Saare_Masina-traktorijaam, lk 8
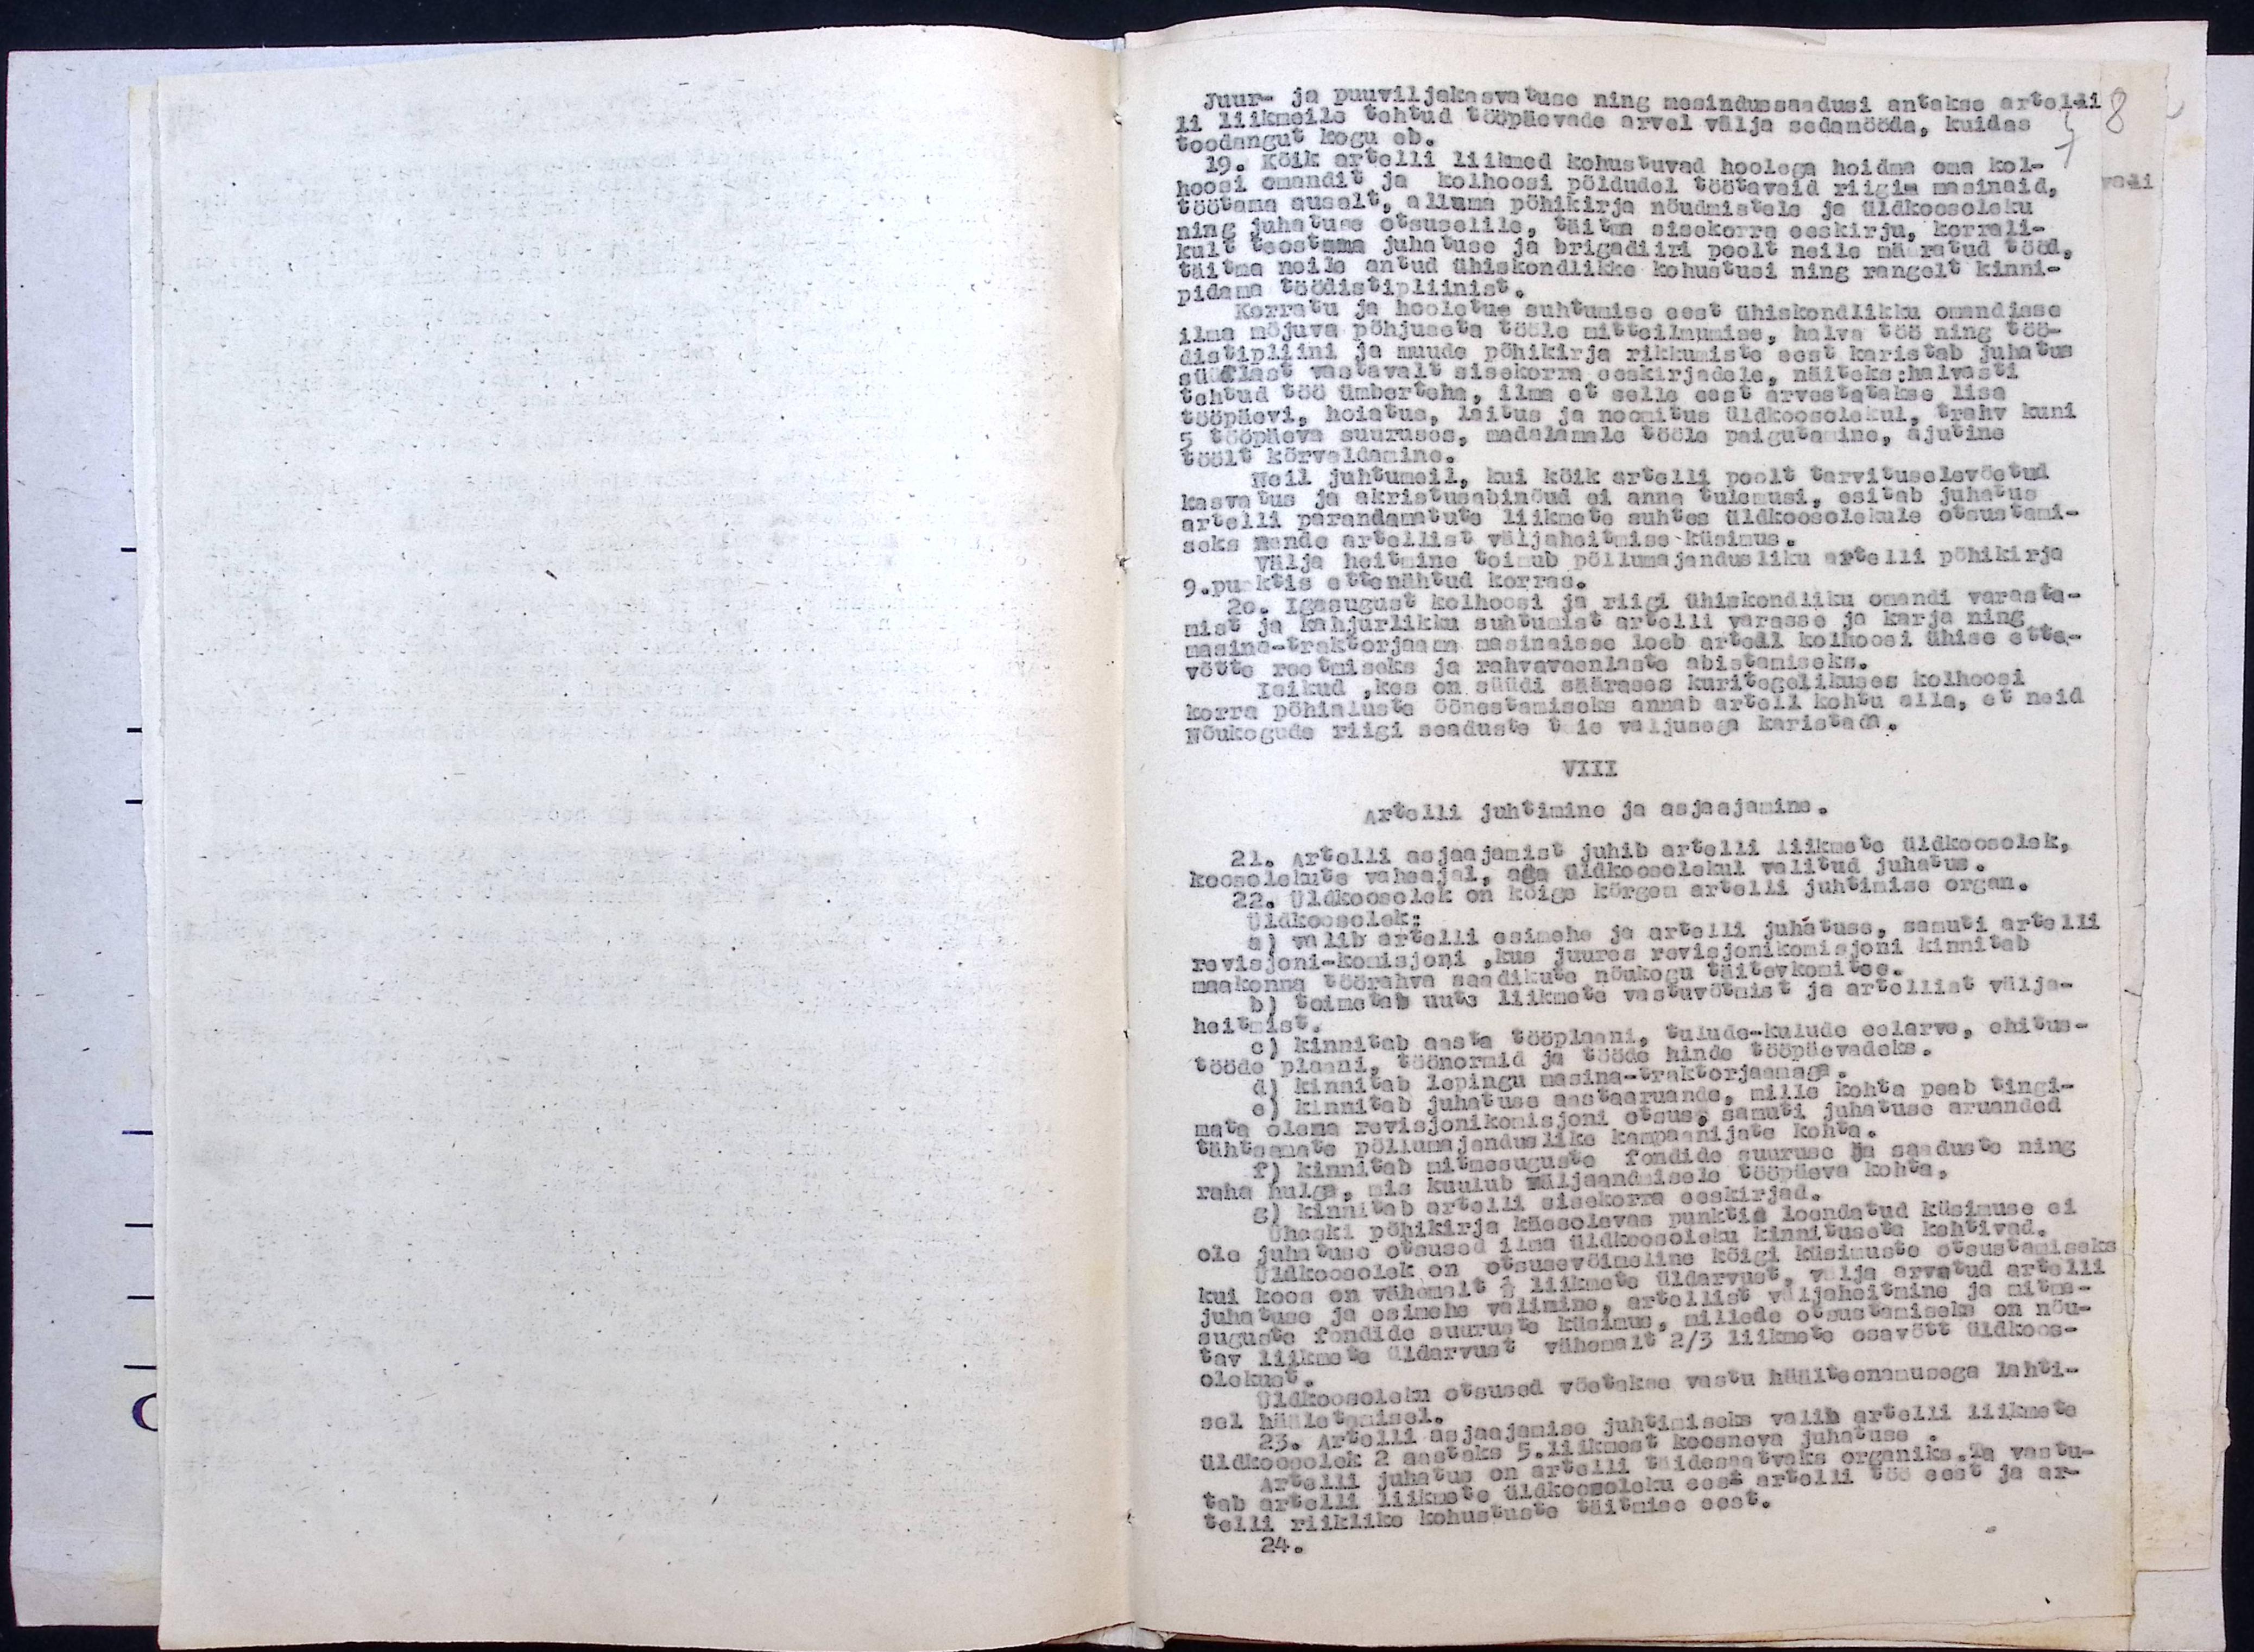
Juur- ja puuviljakasvatuse ning mesindussaadusi antakse artelli
li liikmeile tehtud tööpäevade arvel välja sedamööda, kuidas
toodangut kogu ob.
19. Kõik artelli liikmed kohustuvad hoolega hoidma oma kol-
hoosi omandit ja kolhoosi põldudel töötavaid riigis masinaid,
töötama ausalt, alluma põhikirja nõudmistele ja üldkoosoleku
ning juhatuse otsuselile, täitma sisekorra eeskirja korrali-
kult teostama juhatuse ja brigadiiri poolt neile määratud tööd,
täitma neile antud ühiskondlikke kohustusi ning rangelt kinni-
pidama töödistipliinist.
Korratu ja hooletus suhtamise eest ühiskondlikku omandisse
ilma mõjuva põhjuseta tööle mitteilmumise, halva töö ning töö-
distiplikku ja muude põhikirja rikkumiste eest karistab juhatus
süüdlast vastavalt sisekorra eeskirjadele, näiteks: halvasti
tehtud töö ümberteha, ilma et selle aast arvustatakse lisa
tööpäevi, hoiatus, laitus ja noomitus üldkoosolekul, trahv kuni
5 tööpäeva suuruses, madalamale tööle paigutamine, ajutine
töölt kõrvaldamine.
Neil juhtumeli, kui kõik artelli poolt tarvituselevõetud
kasvatus ja akristusabinõud ei anna tulemusi, esitab juhatus
artelli parandamatute liikmete suhtes üldkoosolekule otsustami-
seks nende artellist väljaheitmise küsimus.
Välja heitmine toimub põllumajandusliku artelli põhikirja
9. punktist ettenähtud korras.
20. Igasugust kolhoosi ja riigi ühiskondliku omandi varasta-
mist ja kahjurlikku suhtumist artelli varasse ja karja ning
masina-traktorijaama masinaisse loeb artell kolhoosi ühise ette-
võtte reetmiseks ja rahvavaenlaste abistamiseks.
Isikud, kes on süüdi säärases kuritegelikuses kolhoosi
korra põhialuste õõnestamiseks annab artell kohtu alla, et neid
nõukogude riigi seaduste täie valjusega karistada.
VIII
Artelli juhtimine ja asjaajamine.
21. Artelli asjaajamist juhib artelli liikmete üldkoosolek,
koosolekute vaheajal, aga üldkoosolekul valitud juhatus.
22. Üldkoosolek on kõige körgem artelli juhtimise organ.
Üldkoosoleku
a) valib artelli esimehe ja artelli juhatuse, samuti artelli
revisjoni-komisjoni, kus juures revisjonikomisjoni kinnitab
maakonna töörahva saadikute nõukogu täitevkomitee.
b) toimetab uute liikmete vastuvõmist ja artellist välja-
heitmist
c) kinnitab aasta tööplaani, tulude-kulude eelarve, ehitus-
d) kinnitab lepingu masina-traktorjaamaga
e) kinnitab juhatuse aastaaruande, mille kohta peab tingi-
tööde plaani, töönormid ja tööde hinde tööpäevadeks.
mata olema revisjonikomisjoni otsus, samuti juhatuse aruanded
tähtsamate põllumajanduslike kampaanijate kohta.
f) kinnitab mitmesuguste fondide suuruse ja saaduste ning
raha hulga, mis kuulub wäljaandmisele tööpäeva kohta.
c) kinnitab artelli sisekorra eeskirjad.
Üheski põhikirja käesolevas punktis loendatud küsimuse ei
ole juhatuse otsused ilma üldkoosoleku kinnituseta kehtivad.
Üldkoosolek on otsusevõimeline kõigi küsimuste otsustamiseks
kui koos on vähemalt 1/3 liikmete üldarvust, välja arvatud artelli
juhatuse ja esimehe valimine, artellist väljaheitmine ja mitme-
suguste fondide suuruse küsimus, millede otsustamiseks on nõu-
tav liikmete üldarvust vähemalt 2/3 liikmete osavõtt üldkoos-
olekust.
Üldkoosoleku otsused võetakse vastu häälteenamusega lahti-
sel hääletamisel.
23. Artelli asjaajamise juhtimiseks valib artelli liikmete
üldkoosolek 2 aastaks 5.liikmest koosneva juhatuse
Artelli juhatus on artelli täidesaatvaks organiks. Ta vastu-
tab artelli liikmete üldkoosoleku eest artelli töö eest ja ar-
telli riiklike kohustuste täitmise eest.
24.